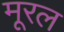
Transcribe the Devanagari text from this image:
मूरल